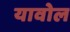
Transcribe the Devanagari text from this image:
यावोल